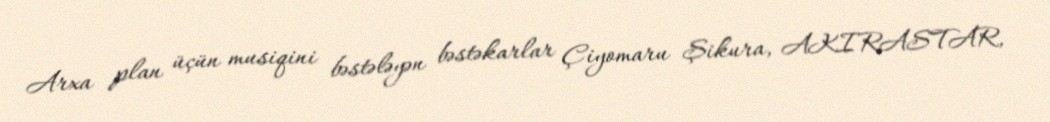
Arxa plan üçün musiqini bəstələyən bəstəkarlar Çiyomaru Şikura, AKIRASTAR,